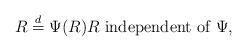
LaTeX: \begin{align*} R \stackrel{d}{=} \Psi(R) \mbox{$R$ independent of $\Psi$}, \end{align*}